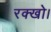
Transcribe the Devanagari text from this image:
रक्खो।